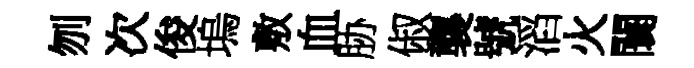
刎次俊塢敷血胁俶襲號滔火闤